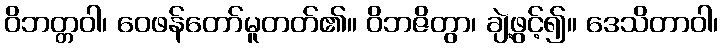
ဝိဘတ္တဝါ၊ ဝေဖန်တော်မူတတ်၏။ ဝိဘဇိတွာ၊ ချဲ့ဖွင့်၍။ ဒေသိတာဝါ၊